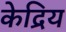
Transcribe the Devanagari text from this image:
केद्रिय